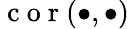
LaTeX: \mathrm{~c~o~r~}(\bullet,\bullet)